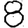
Digit: 8